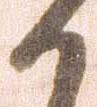
御